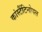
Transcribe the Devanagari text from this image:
कांस्टैंटिनोपल